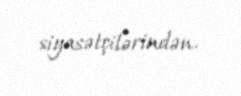
siyasətçilərindən.